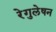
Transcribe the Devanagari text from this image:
रेगुलेषन